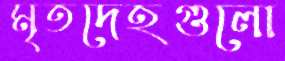
মৃতদেহগুলো